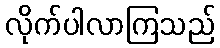
လိုက်ပါလာကြသည်